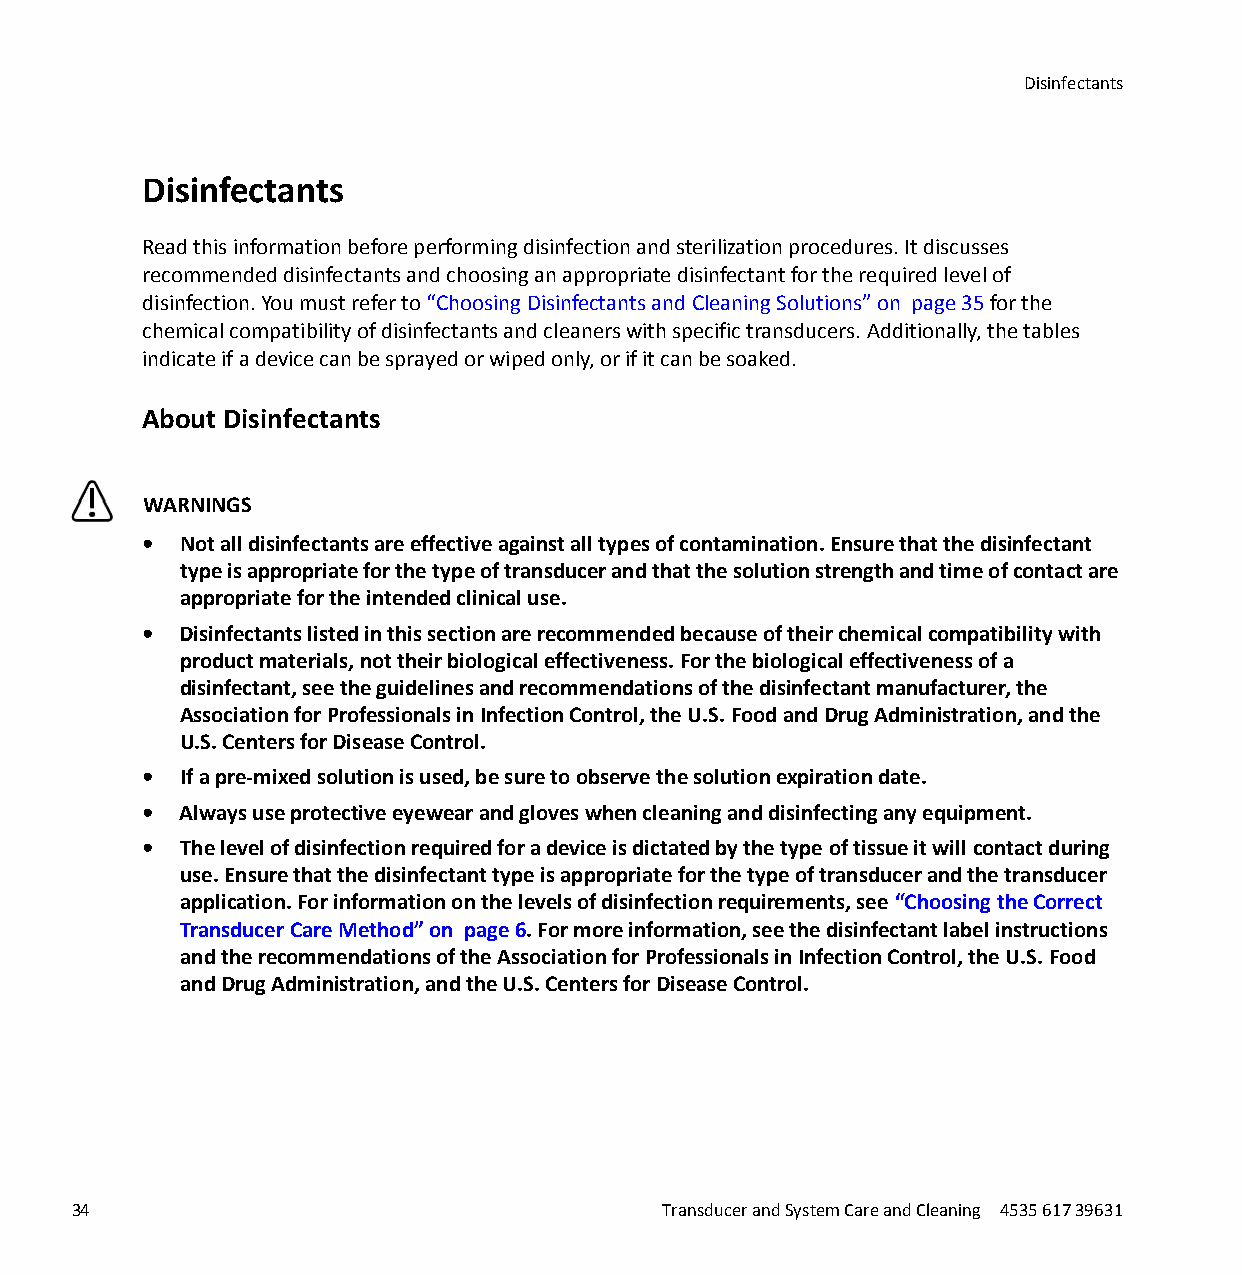
Disinfectants
 Disinfectants
 Read this information before performing disinfection and sterilization procedures. It discusses
 recommended disinfectants and choosing an appropriate disinfectant for the required level of
 disinfection. You must refer to “Choosing Disinfectants and Cleaning Solutions” on page 35 for the
 chemical compatibility of disinfectants and cleaners with specific transducers. Additionally, the tables
 indicate if a device can be sprayed or wiped only, or if it can be soaked.
 About Disinfectants
 WARNINGS
 • Not all disinfectants are effective against all types of contamination. Ensure that the disinfectant
 type is appropriate for the type of transducer and that the solution strength and time of contact are
 appropriate for the intended clinical use.
 • Disinfectants listed in this section are recommended because of their chemical compatibility with
 product materials, not their biological effectiveness. For the biological effectiveness of a
 disinfectant, see the guidelines and recommendations of the disinfectant manufacturer, the
 Association for Professionals in Infection Control, the U.S. Food and Drug Administration, and the
 U.S. Centers for Disease Control.
 • If a pre-mixed solution is used, be sure to observe the solution expiration date.
 • Always use protective eyewear and gloves when cleaning and disinfecting any equipment.
 • The level of disinfection required for a device is dictated by the type of tissue it will contact during
 use. Ensure that the disinfectant type is appropriate for the type of transducer and the transducer
 application. For information on the levels of disinfection requirements, see “Choosing the Correct
 Transducer Care Method” on page 6. For more information, see the disinfectant label instructions
 and the recommendations of the Association for Professionals in Infection Control, the U.S. Food
 and Drug Administration, and the U.S. Centers for Disease Control.
 34                                     Transducer and System Care and Cleaning 4535 617 39631
 erachtlaeH
 spilihP